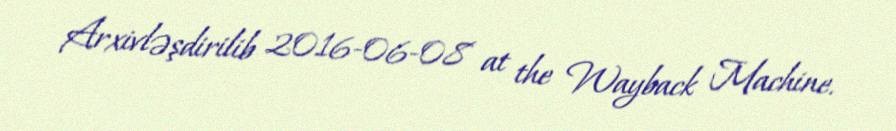
Arxivləşdirilib 2016-06-08 at the Wayback Machine.